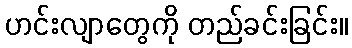
ဟင်းလျာတွေကို တည်ခင်းခြင်း။